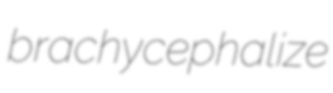
brachycephalize